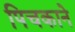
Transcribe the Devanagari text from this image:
पिचकाने